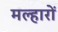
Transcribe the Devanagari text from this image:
मल्हारों